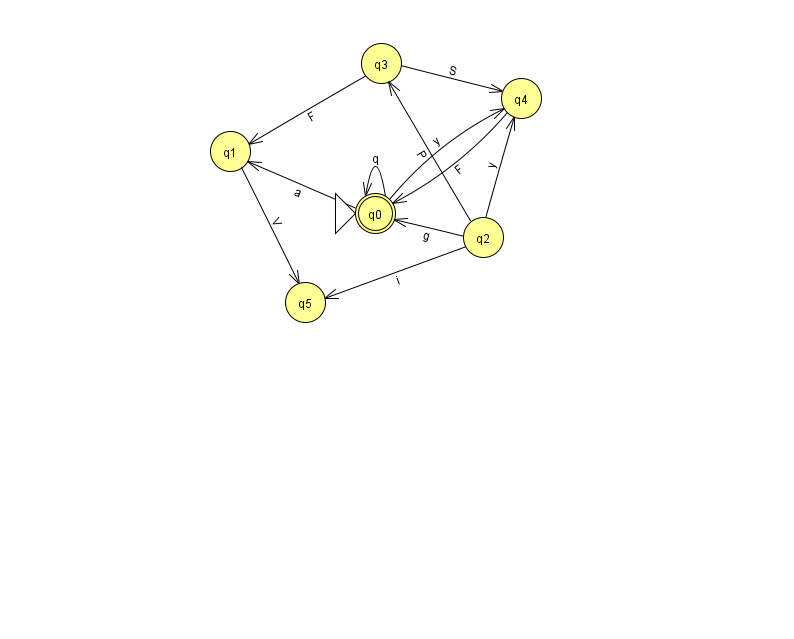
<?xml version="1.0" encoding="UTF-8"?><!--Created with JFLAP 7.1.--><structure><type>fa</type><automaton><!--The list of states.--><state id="0" name="q0"><x>375.0</x><y>200.0</y><initial/><final/></state><state id="1" name="q1"><x>230.0</x><y>138.0</y></state><state id="2" name="q2"><x>483.0</x><y>224.0</y></state><state id="3" name="q3"><x>381.0</x><y>50.0</y></state><state id="4" name="q4"><x>521.0</x><y>85.0</y></state><state id="5" name="q5"><x>305.0</x><y>289.0</y></state><!--The list of transitions.--><transition><from>0</from><to>0</to><read>q</read></transition><transition><from>4</from><to>0</to><read>F</read></transition><transition><from>2</from><to>3</to><read>P</read></transition><transition><from>1</from><to>5</to><read>V</read></transition><transition><from>2</from><to>5</to><read>i</read></transition><transition><from>0</from><to>1</to><read>a</read></transition><transition><from>2</from><to>4</to><read>y</read></transition><transition><from>3</from><to>4</to><read>S</read></transition><transition><from>3</from><to>1</to><read>F</read></transition><transition><from>0</from><to>4</to><read>y</read></transition><transition><from>2</from><to>0</to><read>g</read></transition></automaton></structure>